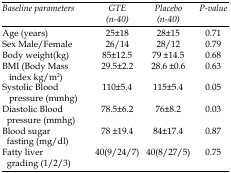
| Baseline parameters | GTE(n-40) | Placebo (n-40) | P-value |
 | --- | --- | --- | --- |
 | Age(years) | 25±18 | 28±15 | 0.71 |
 | Sex Male/Female | 26/14 | 28/12 | 0.79 |
 | Body weight(kg) | 85±12.5 | 79 ±14.5 | 0.68 |
 | BMI (Body Mass index kg/m2) | 29.5±2.2 | 28.6 ±0.6 | 0.63 |
 | Systolic Blood pressure(mmhg) | 110±5.4 | 115±5.4 | 0.05 |
 | Diastolic Blood pressure(mmhg) | 78.5±6.2 | 76±8.2 | 0.03 |
 | Blood sugar fasting(mg/dl) | 78 ±19.4 | 84±17.4 | 0.87 |
 | Fatty liver grading (1/2/3) | 40(9/24/7) | 40(8/27/5) | 0.75 |